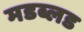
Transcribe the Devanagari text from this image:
मडब्लड